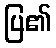
ပြ၏